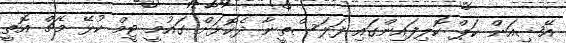
އޭޝިއަން ކަޕް ކޮލިފައިންގައި ފަލަސްތީނާ ދެކޮޅަށް ގައުމީ ޓީމް ކުޅޭ މެޗް އޮތީ